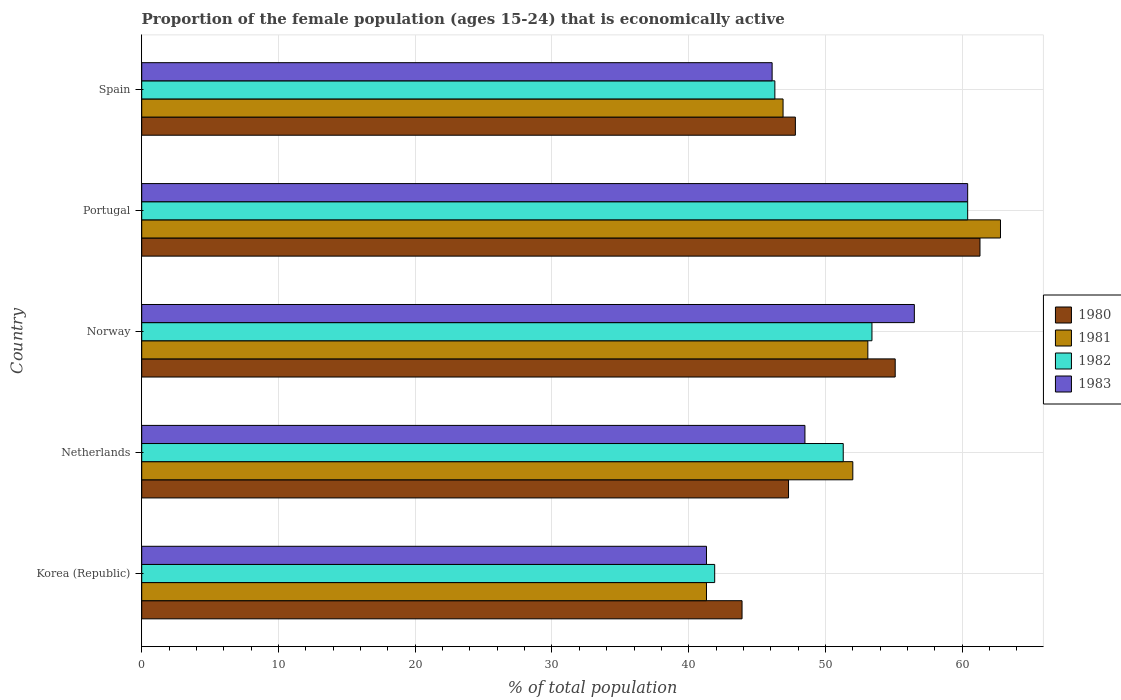
| Country | 1980 | 1981 | 1982 | 1983 |
 | --- | --- | --- | --- | --- |
 | Korea (Republic) | 43.9 | 41.3 | 41.9 | 41.3 |
 | Netherlands | 47.3 | 52 | 51.3 | 48.5 |
 | Norway | 55.1 | 53.1 | 53.4 | 56.5 |
 | Portugal | 61.3 | 62.8 | 60.4 | 60.4 |
 | Spain | 47.8 | 46.9 | 46.3 | 46.1 |